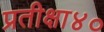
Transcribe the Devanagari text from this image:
प्रतीक्षा४०